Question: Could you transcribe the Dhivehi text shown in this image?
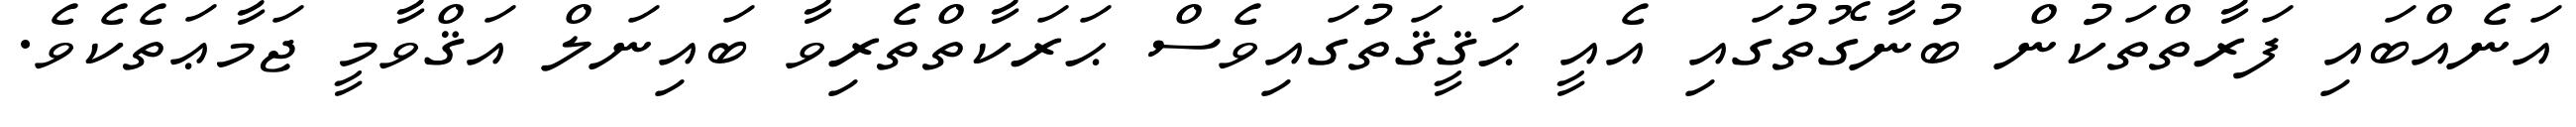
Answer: އަނެއްބައި ފަރާތްތަކުން ބުނާގޮތުގައި އެއީ ޙަޤީޤަތުގައިވެސް ޙަރަކާތްތެރިވާ ބައިނަލް އަޤްވާމީ ޖަމާޢަތެކެވެ.